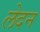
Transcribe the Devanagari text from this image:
लेदन